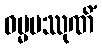
ဓမ္မမဿုဏိံ